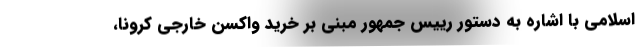
اسلامی با اشاره به دستور رییس جمهور مبنی بر خرید واکسن خارجی کرونا،